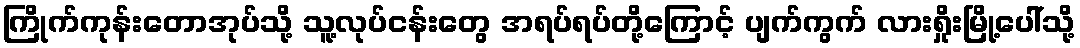
ကြိုက်ကုန်းတောအုပ်သို့ သူ့လုပ်ငန်းတွေ အရပ်ရပ်တို့ကြောင့် ပျက်ကွက် လားရှိုးမြို့ပေါ်သို့